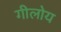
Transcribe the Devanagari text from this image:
गीलोय